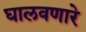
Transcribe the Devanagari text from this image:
घालवणारे